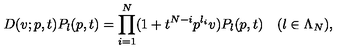
D ( v ; p , t ) P _ { \l } ( p , t ) = \prod _ { i = 1 } ^ { N } ( 1 + t ^ { N - i } p ^ { \l _ { i } } v ) P _ { \l } ( p , t ) \quad ( \l \in \Lambda _ { N } ) ,